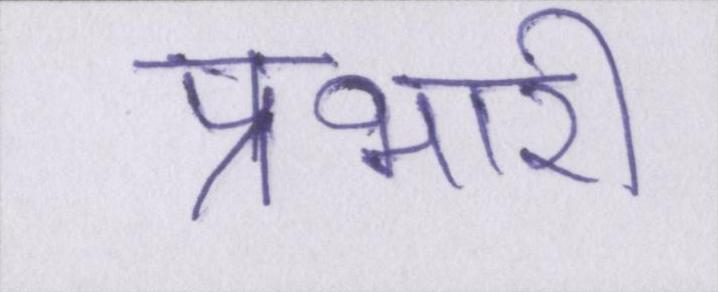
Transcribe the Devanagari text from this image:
प्रभारी